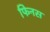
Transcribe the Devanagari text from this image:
फिनस